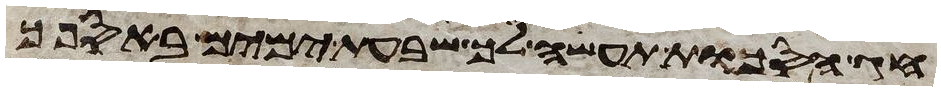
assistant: חג הסכות תעשה לך שבעת ימים באספך